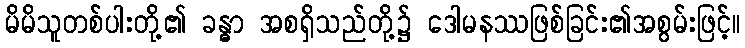
မိမိသူတစ်ပါးတို့၏ ခန္ဓာ အစရှိသည်တို့၌ ဒေါမနဿဖြစ်ခြင်း၏အစွမ်းဖြင့်။